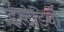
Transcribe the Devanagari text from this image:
ईस्टेडियो